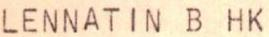
LENNATIN B HK